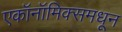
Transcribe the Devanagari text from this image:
एकॉनॉमिक्समधून